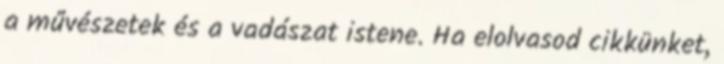
a művészetek és a vadászat istene. Ha elolvasod cikkünket,